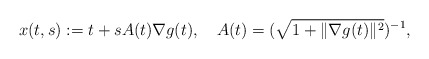
\begin{align*}x(t,s):=t+s A(t)\nabla g(t), \ \ \ A(t)=(\sqrt{1+\|\nabla g(t)\|^2})^{-1}, \end{align*}